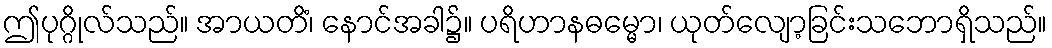
ဤပုဂ္ဂိုလ်သည်။ အာယတိံ၊ နောင်အခါ၌။ ပရိဟာနဓမ္မော၊ ယုတ်လျော့ခြင်းသဘောရှိသည်။